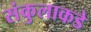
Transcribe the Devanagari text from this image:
संकुलाकडे